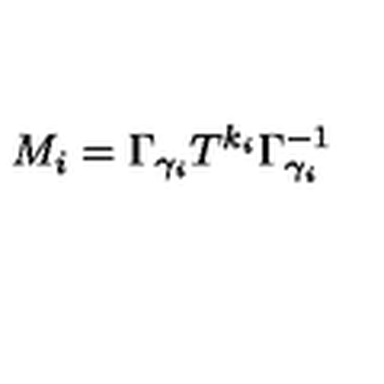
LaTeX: M _ { i } = \Gamma _ { \gamma _ { i } } T ^ { k _ { i } } \Gamma _ { \gamma _ { i } } ^ { - 1 }